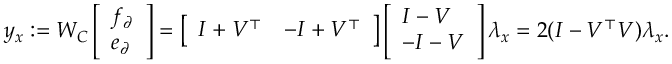
\begin{array} { r } { y _ { x } : = W _ { C } \left[ \begin{array} { l } { f _ { \partial } } \\ { e _ { \partial } } \end{array} \right] = \left[ \begin{array} { l l } { I + V ^ { \top } } & { - I + V ^ { \top } } \end{array} \right] \left[ \begin{array} { l } { I - V } \\ { - I - V } \end{array} \right] \lambda _ { x } = 2 ( I - V ^ { \top } V ) \lambda _ { x } . } \end{array}